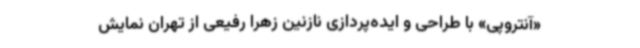
«آنتروپی» با طراحی و ایده‌پردازی نازنین زهرا رفیعی از تهران نمایش